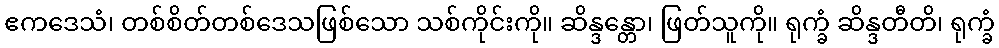
ဧကဒေသံ၊ တစ်စိတ်တစ်ဒေသဖြစ်သော သစ်ကိုင်းကို။ ဆိန္ဒန္တော၊ ဖြတ်သူကို။ ရုက္ခံ ဆိန္ဒတီတိ၊ ရုက္ခံ